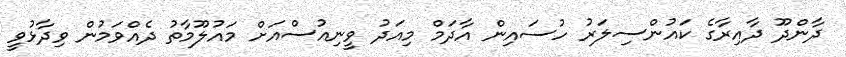
ދާންދޫ ދާއިރާގެ ކައުންސިލަރު ހުސައިން އާދަމް މިއަދު ވީނިއުސްއަށް މައުލޫމާތު ދެއްވަމުން ވިދާޅުވީ